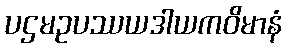
ပဌမဥပဿယဒါယကဝိမာနံ